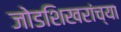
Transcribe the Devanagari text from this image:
जोडशिखरांच्या